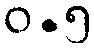
ဝ.၅